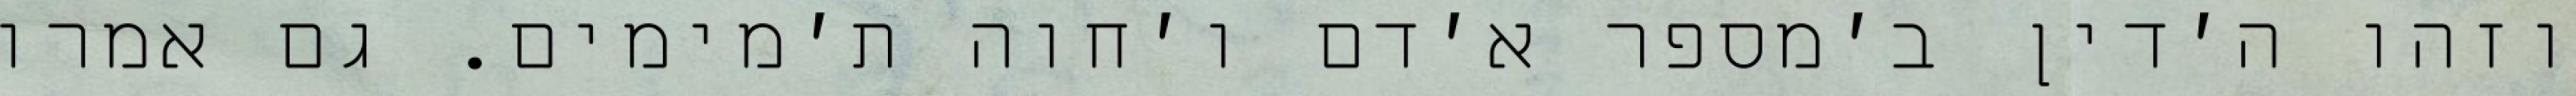
וזהו ה׳דין ב׳מספר א׳דם ו׳חוה ת׳מימים. גם אמרו